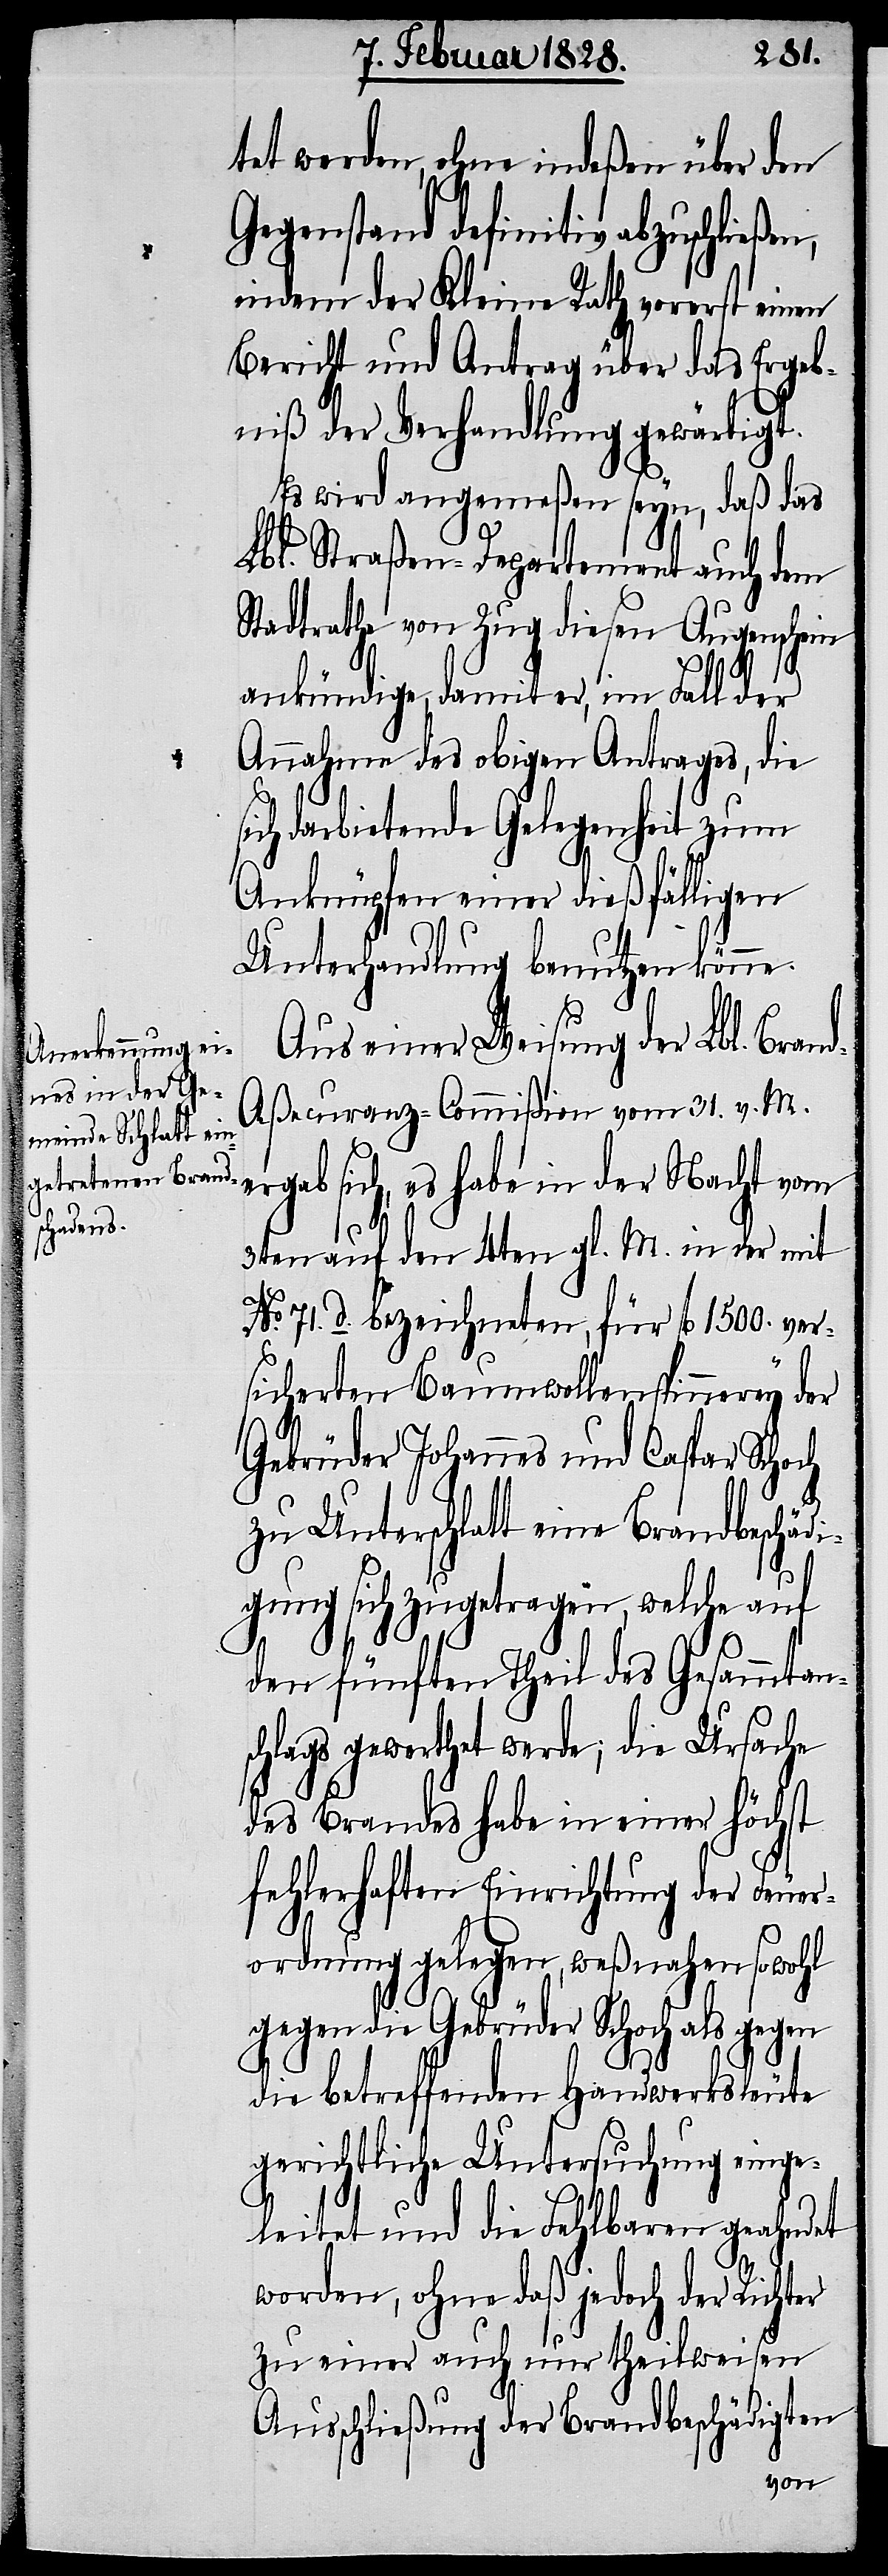
ßen,

tet werden, ohne indeßen über den
Gegenstand definitiv abzuschlie¬
indem der Kleine Rath vorerst einen
Bericht und Antrag über das Ergeb¬
niß der Verhandlung gewärtigt.
Es wird angemeßen seyn, daß das
Lbl. Straßen-Departement auch dem
Stadtrathe von Zug diesen Augenschein
ankündige, damit er, im Fall der
Annahme des obigen Antrages, die
ich darbietende Gelegenheit zum
Anknüpfen einer dießfälligen
Unterhandlung benutzen könne.
Aus einer Weisung der Lbl. Bran¬
d-Aßecuranz-Commißion vom 31. v. M.
sich, es habe in der Nacht vom
3ten auf den 4ten gl. M. in der mit
No. 71.d. bezeichneten, für fl 1500. ver¬
sicherten Baumwollenspinnerey der
Gebrüder Johannes und Caspar Schoch
s¬
zu Unterschlatt eine Brandbeschädi¬
gung sich zugetragen, welche auf
den fünften Theil des Gesammtan¬
schlags gewerthet werde; die Ursache
des Brandes habe in einer höchst
fehlerhaften Einrichtung der Feuer¬
ordnung gelegen, weßnahen sowohl
gegen die Gebrüder Schoch als gegen
die betreffenden Handwerksleute
gerichtliche Untersuchung einge¬
leitet und die Fehlbaren geahndet
worden, ohne daß jedoch der Richter
zu einer auch nur theilweisen
Ausschließung der Brandbeschädigten